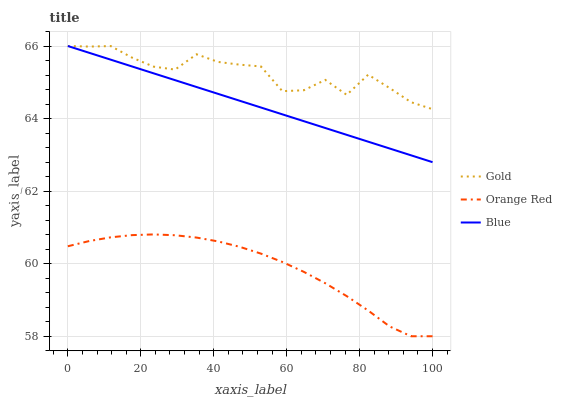
| xaxis_label | Gold | Orange Red | Blue |
 | --- | --- | --- | --- |
 | 0 | 66 | 60.5 | 66 |
 | 5.88 | 66 | 60.6 | 65.8 |
 | 11.8 | 66 | 60.7 | 65.6 |
 | 17.6 | 65.7 | 60.8 | 65.4 |
 | 23.5 | 65.4 | 60.8 | 65.2 |
 | 29.4 | 65.4 | 60.8 | 65.1 |
 | 35.3 | 65.8 | 60.7 | 64.9 |
 | 41.2 | 65.6 | 60.6 | 64.7 |
 | 47.1 | 65.5 | 60.5 | 64.5 |
 | 52.9 | 65.4 | 60.3 | 64.3 |
 | 58.8 | 64.8 | 60 | 64.1 |
 | 64.7 | 64.8 | 59.8 | 63.9 |
 | 70.6 | 65.1 | 59.5 | 63.7 |
 | 76.5 | 64.7 | 59.1 | 63.6 |
 | 82.4 | 65.2 | 58.7 | 63.4 |
 | 88.2 | 64.8 | 58.3 | 63.2 |
 | 94.1 | 64.5 | 58 | 63 |
 | 100 | 64.3 | 58 | 62.8 |